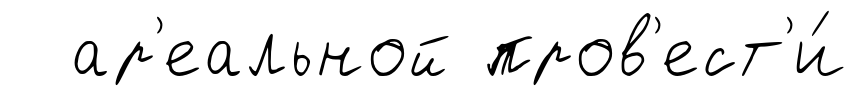
ар'еальной пров'ест'и́